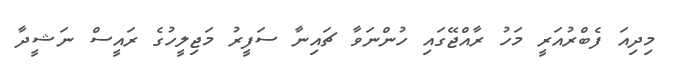
މިދިއަ ފެބްރުއަރީ މަހު ރާއްޖޭގައި ހުންނަވާ ޗައިނާ ސަފީރު މަޖިލީހުގެ ރައީސް ނަޝީދާ